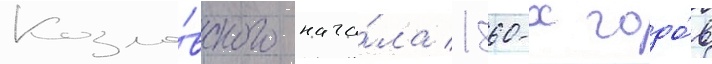
Козло́вского нача́ла 1860-х годо́в